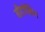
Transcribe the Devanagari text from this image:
मीटपेकिंग